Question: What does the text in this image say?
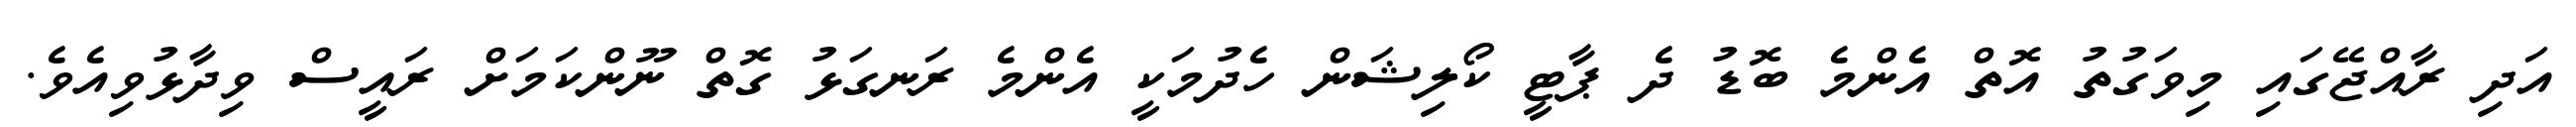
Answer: އަދި ރާއްޖޭގައި މިވަގުތު އޮތް އެންމެ ބޮޑު ދެ ޕާޓީ ކޯލިޝަން ހެދުމަކީ އެންމެ ރަނގަޅު ގޮތް ނޫންކަމަށް ރައީސް ވިދާޅުވިއެވެ.